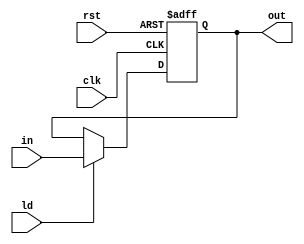
module Register(clk, rst, ld, in, out);

	parameter WORD_LENGTH = 32;
	input clk, rst, ld;
	input[WORD_LENGTH - 1:0] in;
	output reg[WORD_LENGTH - 1:0] out;

	always@(posedge clk, posedge rst)
	begin
		if (rst) out <= 0;
		else if (ld) out <= in;
	end

endmodule